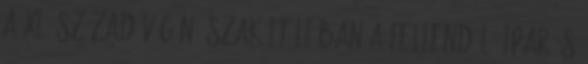
A XI. század végén Észak-Itáliában a fellendülő ipar és